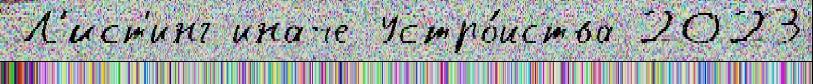
Л'ист'инг иначе Устро́йства 2023